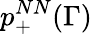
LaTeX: p_{+}^{NN}(\Gamma)